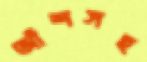
আঁশসহ